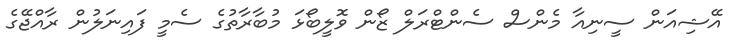
އޭޝިއަން ސީނިއާ މެންސް ސެންޓްރަލް ޒޯން ވޮލީބޯޅަ މުބާރާތުގެ ސެމީ ފައިނަލުން ރާއްޖޭގެ